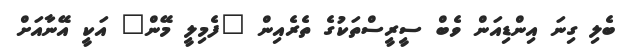
ބެލި ގިނަ އިންޑިއަން ވެބް ސީރީސްތަކުގެ ތެރެއިން "ފެމިލީ މޭން" އަކީ އޭނާއަށް